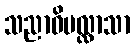
သညာဝိပလ္လာသာ